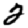
Digit: 2